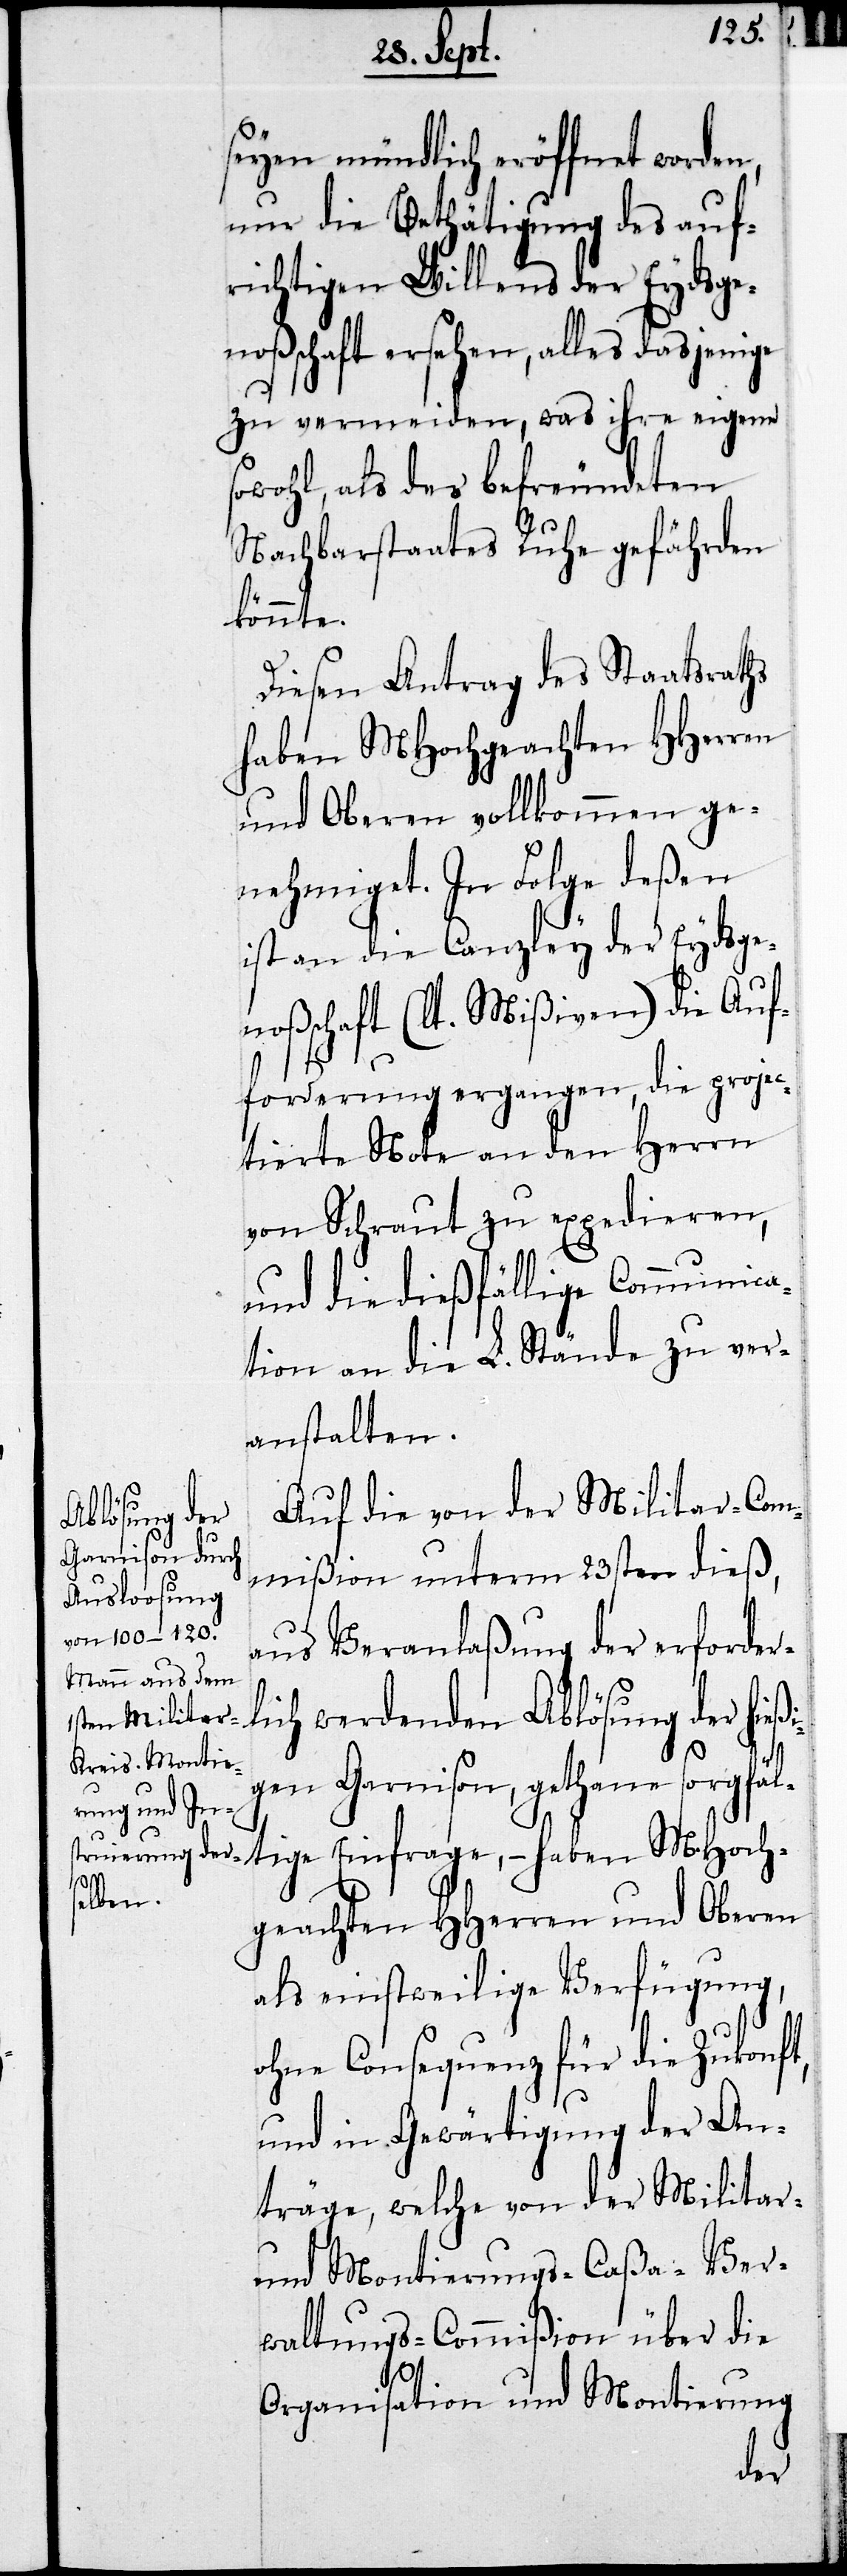
seyen mündlich eröffnet worden,
nur die Bethätigung des auf¬
richtigen Willens der Eydsgen¬
oßenschaft ersehen, alles dasjenige
zu vermeiden, was ihre eigene s¬
owohl, als des befreundeten
Nachbarstaates Ruhe gefährden
könnte.
Diesen Antrag des Staatsraths
haben MHochgeachten HHerren
und Oberen vollkommen ge¬
nehmiget. In Folge deßen
ist an die Canzley der Eydsgen¬
oßenschaft (lt. Mißiven) die Auf¬
forderung ergangen, die proje¬
ctierte Note an den Herrn
von Schraut zu expedieren,
und die dießfällige Communica¬
tion an die L. Stände zu ver¬
anstalten.
Auf die von der Militar-Com¬
mißion unterm 23sten dieß,
aus Veranlaßung der erforder¬
lich werdenden Ablösung der hieß¬
igen Garnison, gethane sorgfälti¬
als einstweilige Verfügung,
ohne Consequenz für die Zukunft,
und in Gewärtigung der An¬
träge, welche von der Militar-
und Montierungs-Caßa-Ver¬
waltungs-Commißion über die
Organisation und Montierung
ge